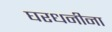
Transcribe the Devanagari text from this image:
घरधनीना